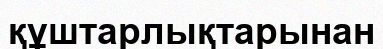
құштарлықтарынан